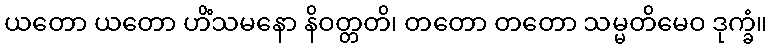
ယတော ယတော ဟိံသမနော နိဝတ္တတိ၊ တတော တတော သမ္မတိမေဝ ဒုက္ခံ။